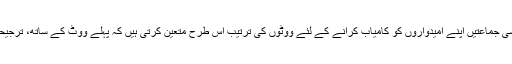
یہ بڑا گنجلگ طریقہ کار ہے، سیاسی جماعتیں اپنے امیدواروں کو کامیاب کرانے کے لئے ووٹوں کی ترتیب اس طرح متعین کرتی ہیں کہ پہلے ووٹ کے ساتھ، ترجیحی ووٹ والا بھی کامیاب ہو جائے۔